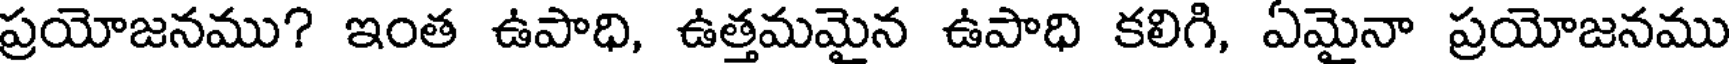
ప్రయోజనము? ఇంత ఉపాధి, ఉత్తమమైన ఉపాధి కలిగి, ఏమైనా ప్రయోజనము